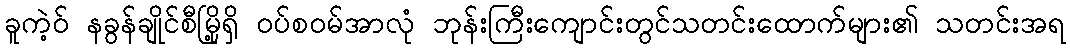
ခူကဲ့ဝ် နခွန်ချိုင်စီမြို့ရှိ ဝပ်စဝမ်အာလုံ ဘုန်းကြီးကျောင်းတွင်သတင်းထောက်များ၏ သတင်းအရ